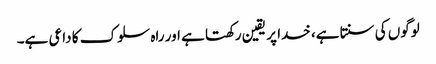
لوگوں کی سنتا ہے، خدا پر یقین رکھتا ہے اور راہ سلوک کا داعی ہے۔